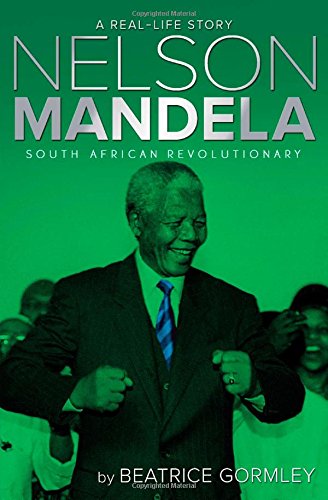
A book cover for Nelson Mandela: South African Revolutionary (A Real-Life Story); Beatrice Gormley; Children's Books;